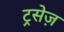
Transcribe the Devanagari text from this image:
ट्रसेज़